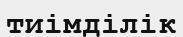
тиімділік